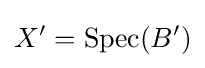
X'=\operatorname {Spec} (B')